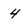
Character: 4